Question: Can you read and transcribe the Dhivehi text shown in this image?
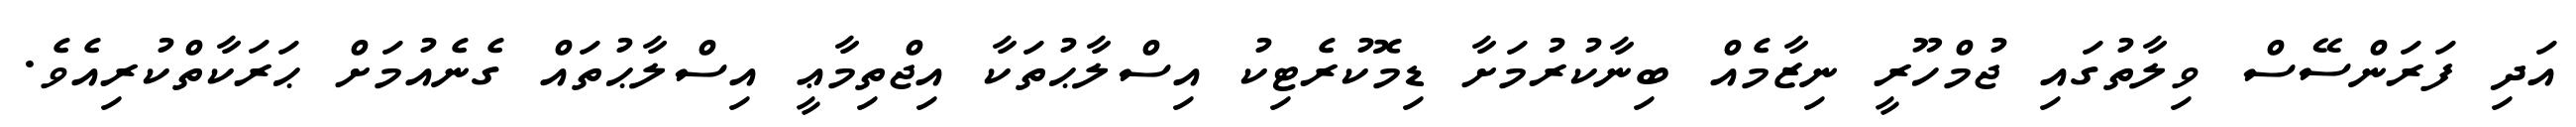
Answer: އަދި ފަރަންސޭސް ވިލާތުގައި ޖުމްހޫރީ ނިޒާމެއް ބިނާކުރުމަށާ ޑިމޮކުރެޓިކު އިސްލާޙުތަކާ އިޖްތިމާޢީ އިސްލާޙުތައް ގެނެއުމަށް ޙަރަކާތްކުރިއެވެ.